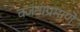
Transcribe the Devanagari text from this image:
वजनाप्रमाणें